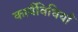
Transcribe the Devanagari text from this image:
कार्यविधियाँ